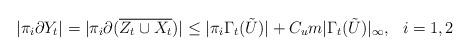
LaTeX: \begin{align*} |\pi_i \partial Y_t| = |\pi_i \partial (\overline{Z_t \cup X_t})| \le |\pi_i \Gamma_t(\tilde{U})| + C_{u}m| \Gamma_t(\tilde{U})|_\infty , \ \ i=1,2\end{align*}